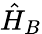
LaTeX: \hat{H}_{B}